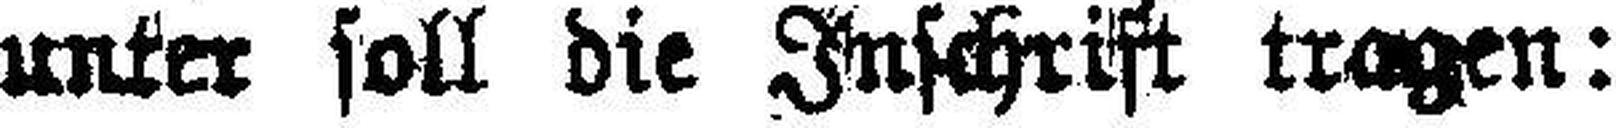
unter soll die Inschrift tragen: